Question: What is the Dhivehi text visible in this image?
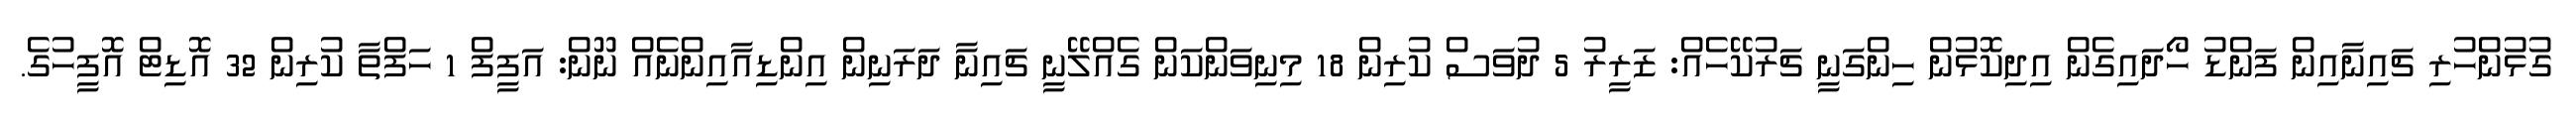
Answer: ގުޅުންހުރި ޗައިނާއިން ފަންޑު ހޯދައިގެން އިދިކޮޅުން ހިންގަނީ ޗަރުކޭހެއް: ޒަރީރު 5 ދުވަސް ކުރިން 18 މިނިވަންކަން ގެއްލޭނީ ޗައިނާ ދަރަނިން އިންޑިއާއިންނެއް ނޫން: އަފީފް 1 ހަފްތާ ކުރިން 32 އޮޑިޓް އޮފީހުގެ.